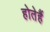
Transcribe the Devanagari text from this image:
होतेहैं